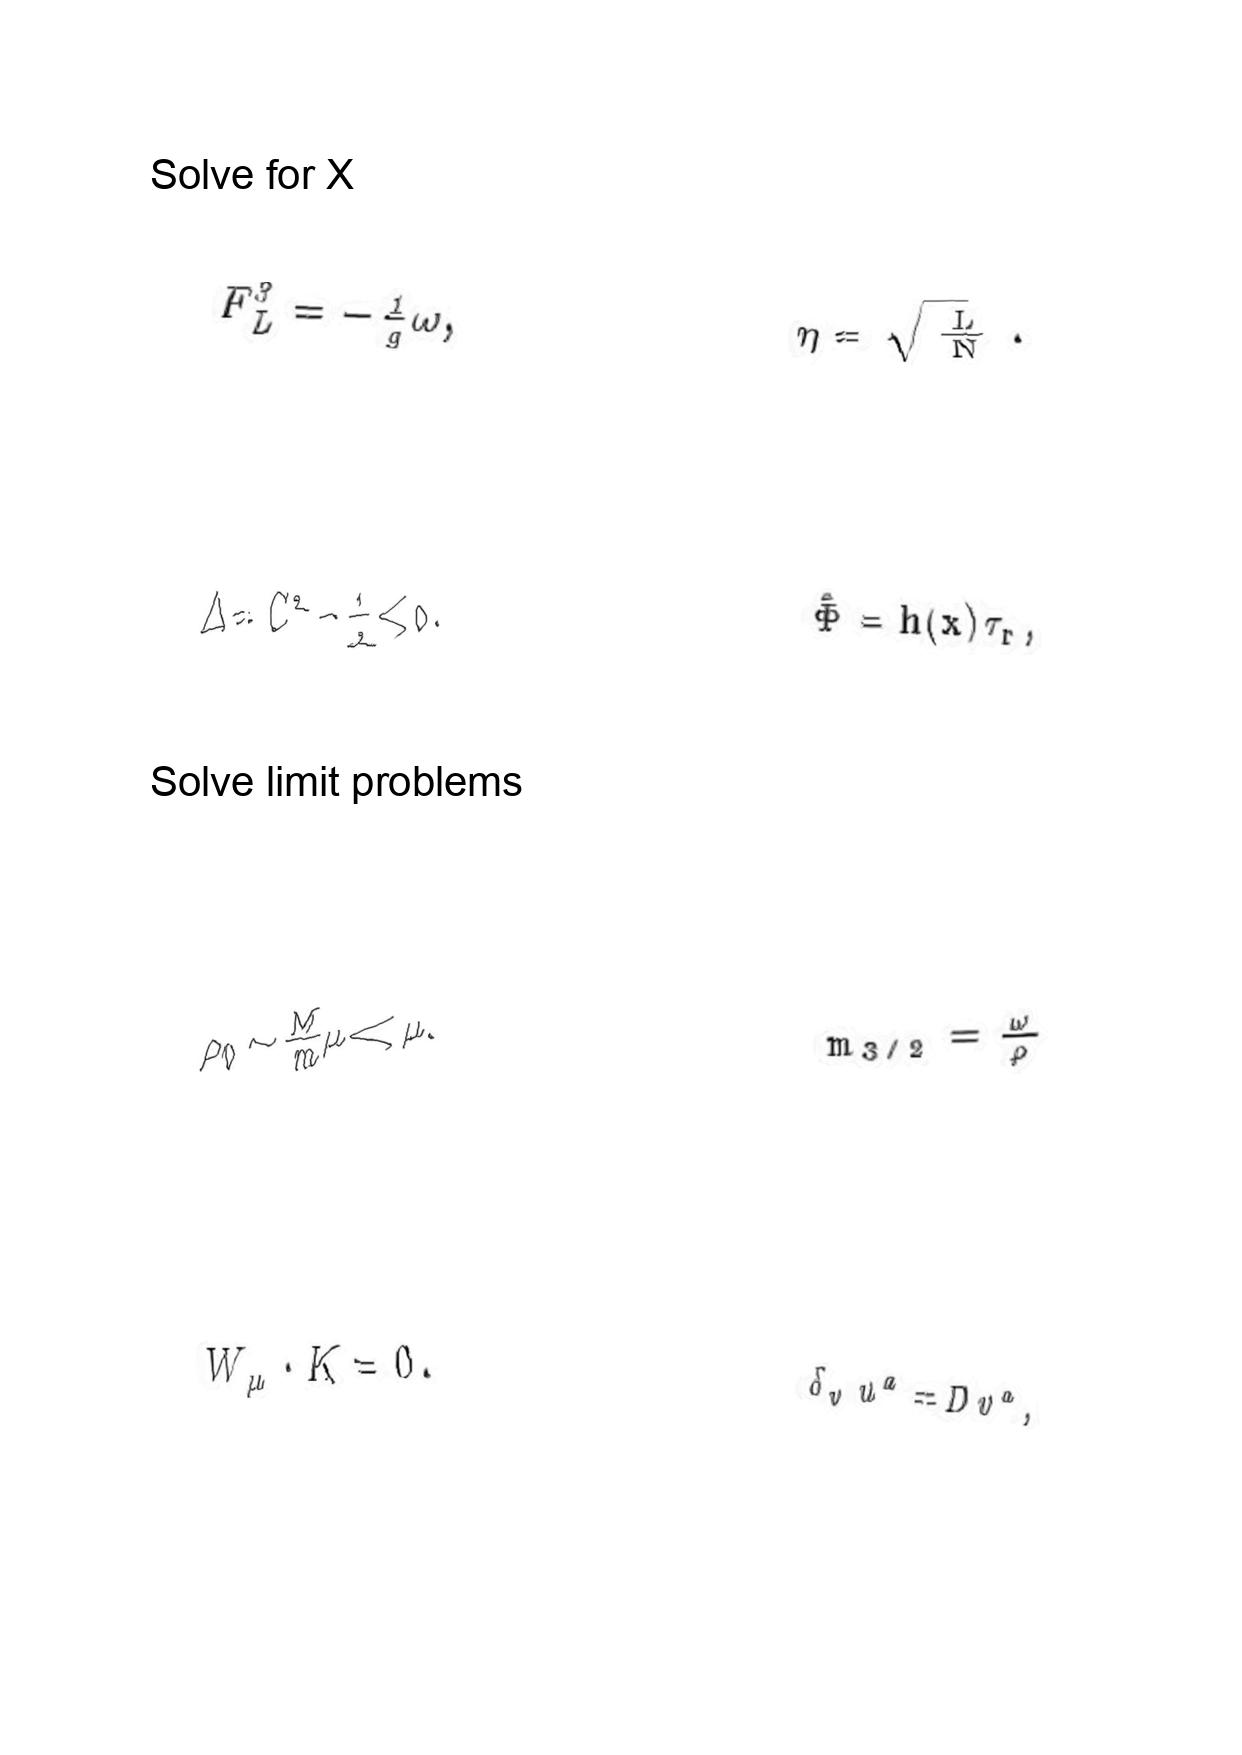
LaTeX transcription:
F _ { L } ^ { 3 } = - \frac { 1 } { g } \omega ,
\Delta = C ^ { 2 } - \frac { 1 } { 2 } \lt 0 .
\rho _ { 0 } \sim \frac { M } { m } \mu \ll \mu .
W _ { \mu } \cdot K = 0 .
\eta = \sqrt { \frac { L } { N } } .
\hat { \Phi } = h \lparen x \rparen \tau _ { r } ,
m _ { 3 / 2 } = \frac { \omega } { \rho }
\delta _ { v } u ^ { a } = D v ^ { a } ,